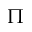
\Pi